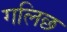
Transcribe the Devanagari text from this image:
गलिछ